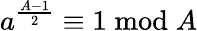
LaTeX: a^{\frac{A-1}{2}}\equiv 1{\bmod{A}}